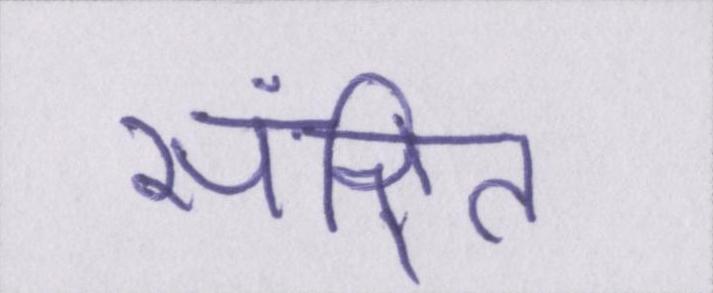
संक्षित